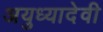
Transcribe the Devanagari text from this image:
अयुध्यादेवी